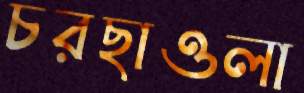
চরছাওলা